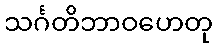
သင်္ဂတိဘာဝဟေတု